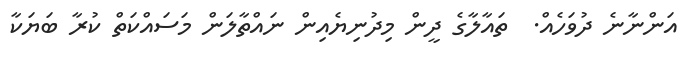
އަންނާނެ ދުވަހެއް.  ތައާލާގެ ދީން މިދުނިޔެއިން ނައްތާލަން މަސައްކަތް ކުރާ ބަޔަކާ